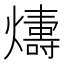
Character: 𤐭